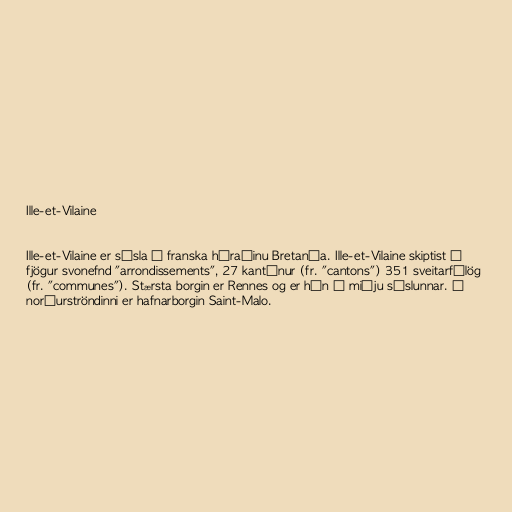
Ille-et-Vilaine

Ille-et-Vilaine er sýsla í franska héraðinu Bretanía. Ille-et-Vilaine skiptist í
fjögur svonefnd "arrondissements", 27 kantónur (fr. "cantons") 351 sveitarfélög
(fr. "communes"). Stærsta borgin er Rennes og er hún í miðju sýslunnar. Á
norðurströndinni er hafnarborgin Saint-Malo.